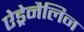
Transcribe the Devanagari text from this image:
ऐड्रेनैलिन